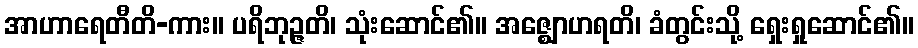
အာဟာရေတီတိ-ကား။ ပရိဘုဉ္ဇတိ၊ သုံးဆောင်၏။ အဇ္ဈောဟရတိ၊ ခံတွင်းသို့ ရှေးရှုဆောင်၏။